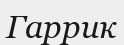
Гаррик